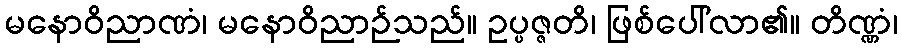
မနောဝိညာဏံ၊ မနောဝိညာဉ်သည်။ ဥပ္ပဇ္ဇတိ၊ ဖြစ်ပေါ်လာ၏။ တိဏ္ဏံ၊